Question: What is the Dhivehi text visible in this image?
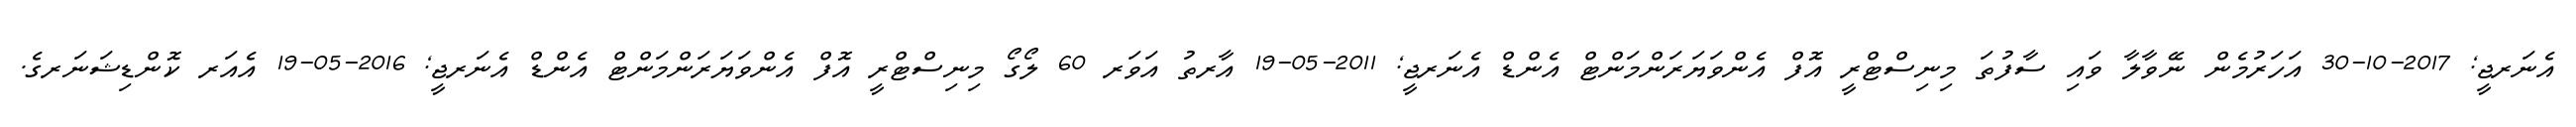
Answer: އެނަރޖީ; 2017-10-30 އަހަރުމެން ނޭވާލާ ވައި ސާފުތަ މިނިސްޓްރީ އޮފް އެންވަޔަރަންމަންޓް އެންޑް އެނަރޖީ; 2011-05-19 އާރތު އަވަރ 60 ލޯގޯ މިނިސްޓްރީ އޮފް އެންވަޔަރަންމަންޓް އެންޑް އެނަރޖީ; 2016-05-19 އެއަރ ކޮންޑިޝަނަރގެ.